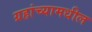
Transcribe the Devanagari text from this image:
ग्रहांच्यामधील